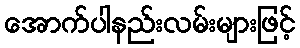
အောက်ပါနည်းလမ်းများဖြင့်